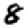
Digit: 8